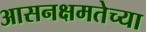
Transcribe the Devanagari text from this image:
आसनक्षमतेच्या